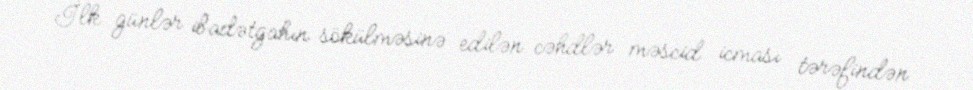
İlk günlər ibadətgahın sökülməsinə edilən cəhdlər məscid icması tərəfindən